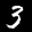
Digit: 3